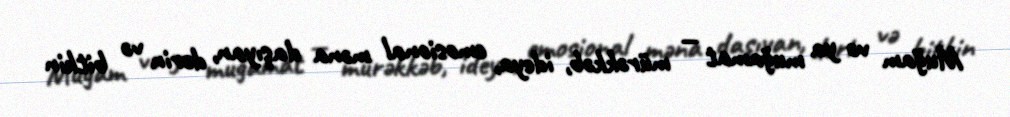
Muğam və ya muğamat — mürəkkəb, ideya, emosional məna daşıyan, dərin və bitkin